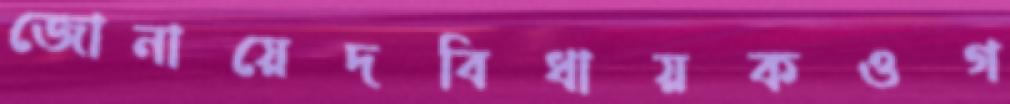
জোনায়েদবিধায়কওগ